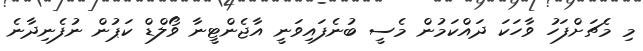
މި މެޗަށްފަހު ވާހަކަ ދައްކަމުން މެސީ ބުނެފައިވަނީ އާޖެންޓީނާ ވޯލްޑް ކަޕުން ނުފެނިދާނެ